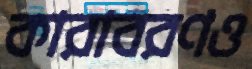
কারাবরণও